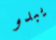
يبدو